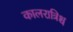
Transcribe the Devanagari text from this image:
कालरात्रिश्च